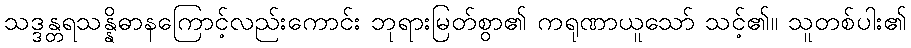
သဒ္ဒန္တရသန္နိဓာနကြောင့်လည်းကောင်း ဘုရားမြတ်စွာ၏ ကရုဏာယူသော် သင့်၏။ သူတစ်ပါး၏